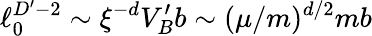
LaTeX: \ell_{0}^{D^{\prime}-2}\sim\xi^{-d}V_{B}^{\prime}b\sim(\mu/m)^{d/2}mb